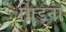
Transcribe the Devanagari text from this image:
ग्रिडना